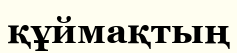
құймақтың